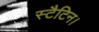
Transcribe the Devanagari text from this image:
स्टैटिन।